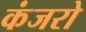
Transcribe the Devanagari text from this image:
कंजरो